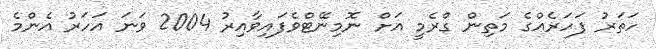
ހަތަރު ފަހަރެއްގެ މަތިން ގްރެމީ އަށް ނޮމިނޭޓްވެފައިވާއިރު 2004 ވަނަ އަހަރު އެންމެ